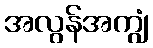
အလွန်အကျွံ